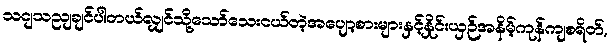
သငျသညျချင်ပါတယ်လျှင်သို့သော်သေးငယ်တဲ့အပျော့စားများနှင့်နှိုင်းယှဉ်အနိမ့်ကုန်ကျစရိတ်,